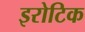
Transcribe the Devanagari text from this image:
इरोटिक